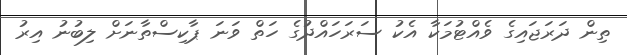
ތިން ދަރަޖައިގެ ވެއްޓުމަކާ އެކު ސަރަހައްދުގެ ހަތް ވަނަ ޕާކިސްތާނަށް ލިބުނު އިރު